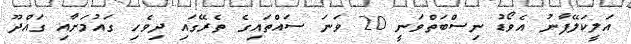
އަލީކަލޭފާނު އެވޯޑު ނިސްބަތްވަނީ 20 ވަނަ ސައްތައިގެ ތެރޭގައި ދިވެހި ގައުމަށާއި ގައްދޫ